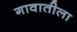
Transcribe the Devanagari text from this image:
गावातीला